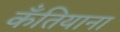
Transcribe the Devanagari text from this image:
कँतियाना